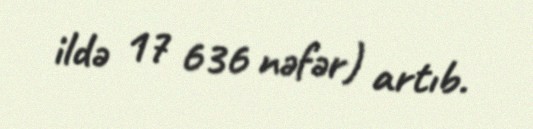
ildə 17 636 nəfər) artıb.